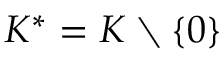
K ^ { * } = K \setminus \{ 0 \}